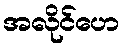
အလိုင်ဟေ